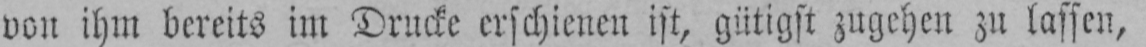
von ihm bereits im Drucke erschienen ist, gütigst zugehen zu lassen,